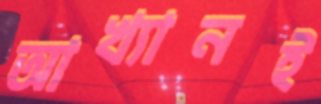
আখ্যানই